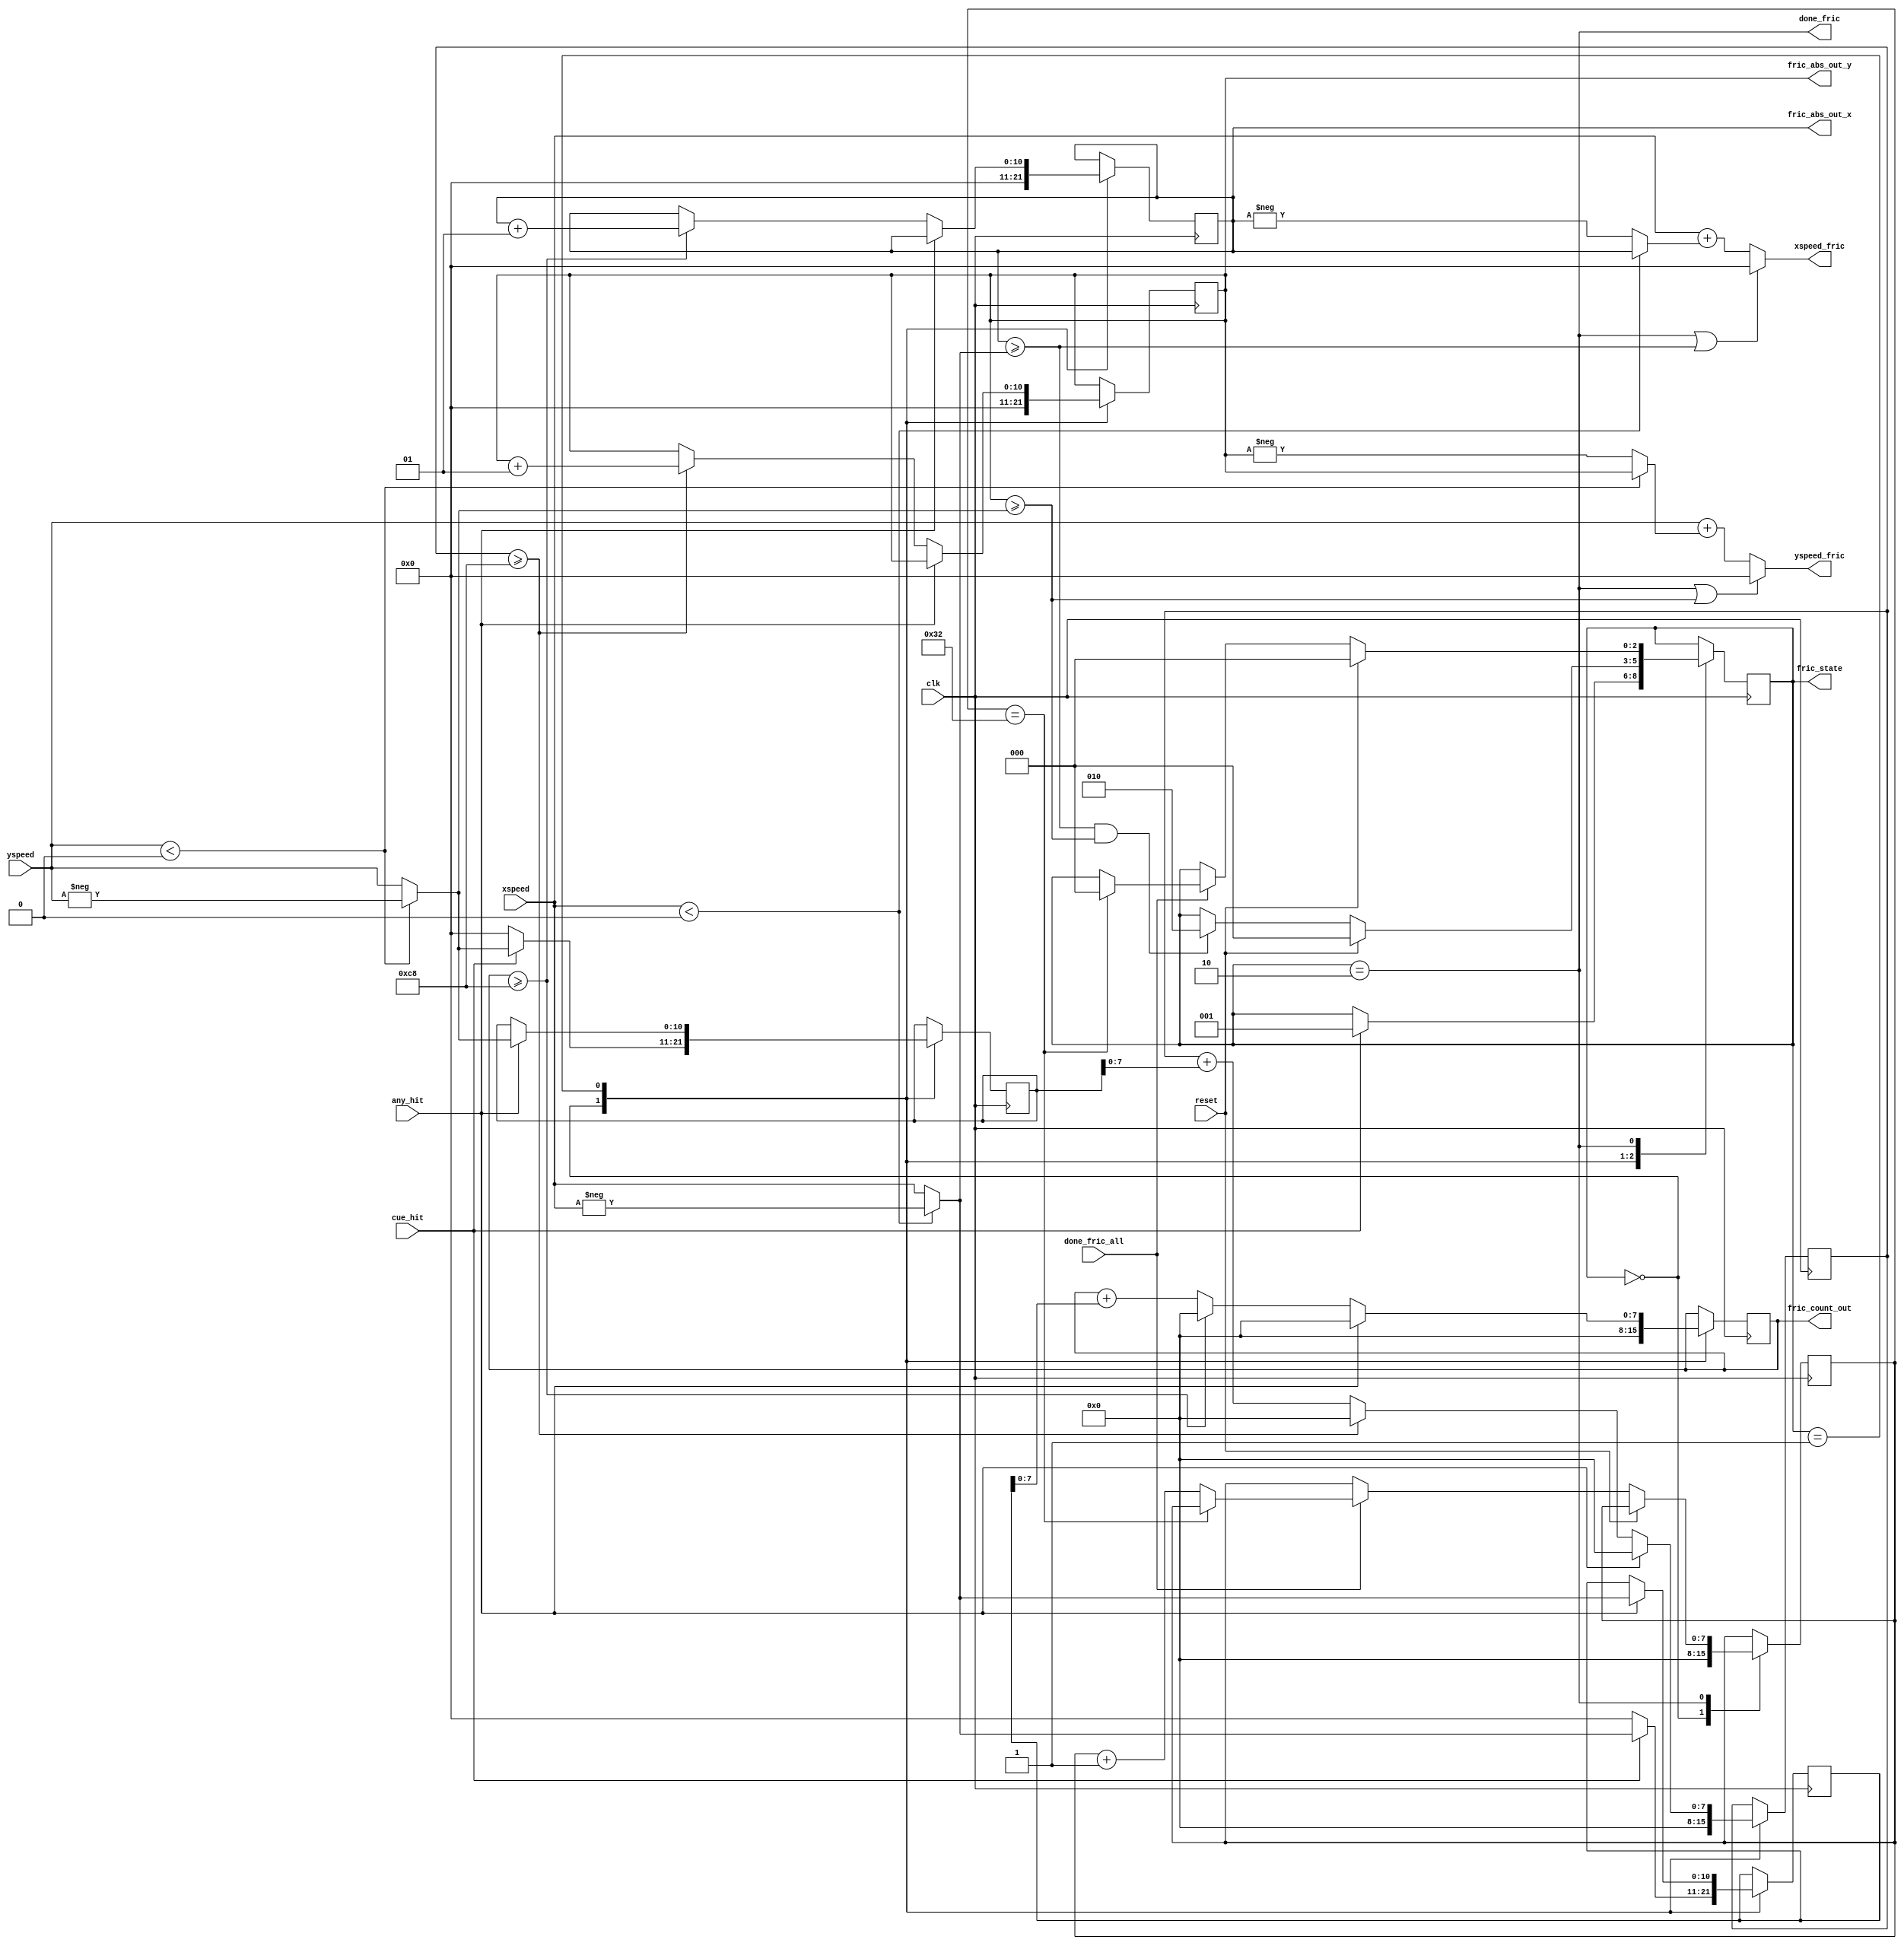
`timescale 1ns / 1ps
//////////////////////////////////////////////////////////////////////////////////
// Company: 
// Engineer: 
// 
// Design Name: 
// Module Name:    friction_calculator 
// Project Name: 
// Target Devices: 
// Tool versions: 
// Description: 
//
// Dependencies: 
//
// Revision: 
// Revision 0.01 - File Created
// Additional Comments: 
//
//////////////////////////////////////////////////////////////////////////////////
module friction (reset,done_fric_all,clk,xspeed,yspeed,any_hit,cue_hit,
						xspeed_fric,yspeed_fric,done_fric,fric_count_out,
						fric_abs_out_x,fric_abs_out_y,fric_state);
	input clk,reset,done_fric_all;
	input signed [10:0] xspeed;
	input signed [10:0] yspeed;
	input cue_hit, any_hit;
	output signed [10:0] xspeed_fric;
	output signed [10:0] yspeed_fric;
	output done_fric;
	output [7:0] fric_count_out;
	output signed [10:0] fric_abs_out_x, fric_abs_out_y;
	output [2:0] fric_state;
	
	// parameters and registers
	parameter MAX_FRIC_COUNT = 200;
	parameter signed MAX_FRICTION = 20;
	reg [7:0] fric_count_x = 0;
	reg [7:0] fric_count_y = 0;
	assign fric_count_out = fric_count_x;
	reg signed [10:0] delta_x = 0;
	reg signed [10:0] delta_y = 0;
	
	reg signed [10:0] fric_abs_x = 11'd0;
	reg signed [10:0] fric_abs_y = 11'd0;
	assign fric_abs_out_x = fric_abs_x;
	assign fric_abs_out_y = fric_abs_y;
	
	reg [7:0] done_count = 0;
	parameter MAX_DONE_COUNT = 50;
	
	// states
	parameter NO_CUE_HIT = 0;
	parameter CUE_HIT = 1;
	parameter DONE_MOVING = 2;
	reg [2:0] state = NO_CUE_HIT;
	
	// magnitude of speeds
	wire signed [10:0] abs_xspeed = (xspeed < 0) ? -xspeed : xspeed;
	wire signed [10:0] abs_yspeed = (yspeed < 0) ? -yspeed : yspeed;
//	wire hit = (wall_hit > 0) || (ball_hit1) || (ball_hit2);
	
	always @(posedge clk) begin
		case(state)
			NO_CUE_HIT: begin
				fric_abs_x <= 11'd0;
				fric_abs_y <= 11'd0;
				fric_count_x <= 8'd0;
				fric_count_y <= 8'd0;
				delta_x <= 0;
				delta_y <= 0;
				done_count <= 0;
				// update state
				if (cue_hit) begin
					state <= CUE_HIT;
					delta_x <= abs_xspeed;
					delta_y <= abs_yspeed;
				end
			end
			
			CUE_HIT: begin
				// change states 
				if (fric_abs_x >= abs_xspeed && fric_abs_y >= abs_yspeed)
					state <= DONE_MOVING;
				if (reset) state <= NO_CUE_HIT;
				
				// reset counter and step size when hit
				if (any_hit) begin
					fric_count_x <= 0;
					fric_count_y <= 0;
					delta_x <= abs_xspeed;
					delta_y <= abs_yspeed;
				end
				
				// increment friction geometrically
				else begin
					if (fric_count_x >= MAX_FRIC_COUNT) begin
						fric_count_x <= 0;
						fric_abs_x <= fric_abs_x + 1;
						// (fric_abs_x + 1 >= MAX_FRICTION) ? MAX_FRICTION : fric_abs_x + 1;
					end
					else fric_count_x <= fric_count_x + delta_x;
					
					if (fric_count_y >= MAX_FRIC_COUNT) begin
						fric_count_y <= 0;
						fric_abs_y <=  fric_abs_y + 1;
						// (fric_abs_y + 1 >= MAX_FRICTION) ? MAX_FRICTION	: fric_abs_y + 1;
					end
					else fric_count_y <= fric_count_y + delta_y;
				end
			end
			
			DONE_MOVING: begin
				if (reset) state <= NO_CUE_HIT;
				else if (done_fric_all) begin
					if (done_count == MAX_DONE_COUNT) state <= NO_CUE_HIT;
					else done_count <= done_count + 1;
				end
			end
		endcase
	end
	
	// sign of x, y frictions
	wire signed [10:0] fric_x_signed = (xspeed < 0) ? 
		fric_abs_x : -fric_abs_x;
	wire signed [10:0] fric_y_signed = (yspeed < 0) ? 
		fric_abs_y : -fric_abs_y;
	
	// output speeds
	assign xspeed_fric = (done_fric || fric_abs_x >= abs_xspeed) ? 11'b0 
		: xspeed + fric_x_signed;
	assign yspeed_fric = (done_fric || fric_abs_y >= abs_yspeed) ? 11'b0 
		: yspeed + fric_y_signed;
		
	assign done_fric = (state == DONE_MOVING);
	assign fric_state = state;

endmodule